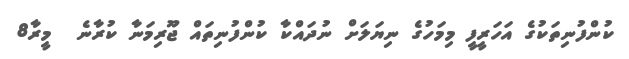
ކުންފުނިތަކުގެ އަހަރީފީ މިމަހުގެ ނިޔަލަށް ނުދައްކާ ކުންފުނިތައް ޖޫރިމަނާ ކުރާނެ  މީރާ8